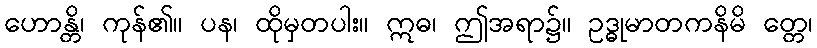
ဟောန္တိ၊ ကုန်၏။ ပန၊ ထိုမှတပါး။ ဣဓ၊ ဤအရာ၌။ ဥဒ္ဓုမာတကနိမိ တ္တေ၊